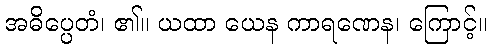
အဓိပ္ပေတံ၊ ၏။ ယထာ ယေန ကာရဏေန၊ ကြောင့်။